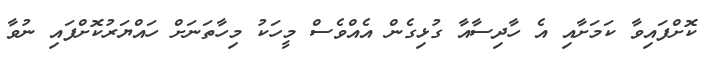
ކޮށްފައިވާ ކަމަށާއި އެ ހާދިސާއާ ގުޅިގެން އެއްވެސް މީހަކު މިހާތަނަށް ހައްޔަރުކޮށްފައި ނުވާ